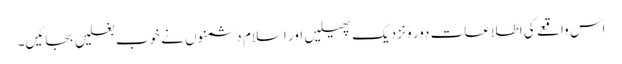
اس واقعے کی اطلاعات دور و نزدیک پھیلیں اور اسلام دشمنوں نے خوب بغلیں بجائیں۔